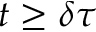
t \ge \delta \tau